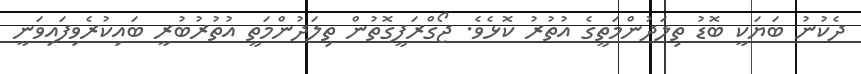
ދެކުނު ބަޔަކީ ބޮޑު ތިލަދުންމަތީގެ އުތުރު ކޮޅެވެ. ޖޯގްރަފީގޮތުން ތިލަދުންމަތީ އުތުރުބުރީ ބައިކުރެވިފައިވަނީ